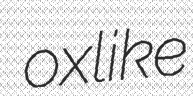
oxlike